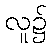
လူ၌